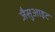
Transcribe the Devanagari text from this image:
जैसुआइट